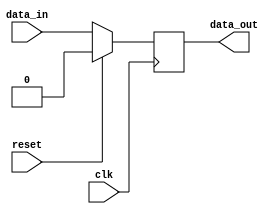
module sequential_logic (
    input wire clk,
    input wire reset,
    input wire data_in,
    output reg data_out
);

always @ (posedge clk) begin
    if (reset) begin
        data_out <= 0;
    end else begin
        data_out <= data_in;
    end
end

endmodule